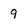
Character: 9